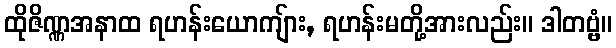
ထိုဇိဏ္ဏအနာထ ရဟန်းယောကျ်ား, ရဟန်းမတို့အားလည်း။ ဒါတဗ္ဗံ။